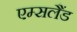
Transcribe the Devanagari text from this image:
एम्सलैंड